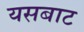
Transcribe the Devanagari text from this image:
यसबाट